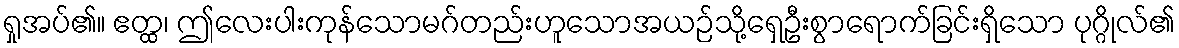
ရှုအပ်၏။ ဧတ္ထ၊ ဤလေးပါးကုန်သောမဂ်တည်းဟူသောအယဉ်သို့ရှေဦးစွာရောက်ခြင်းရှိသော ပုဂ္ဂိုလ်၏